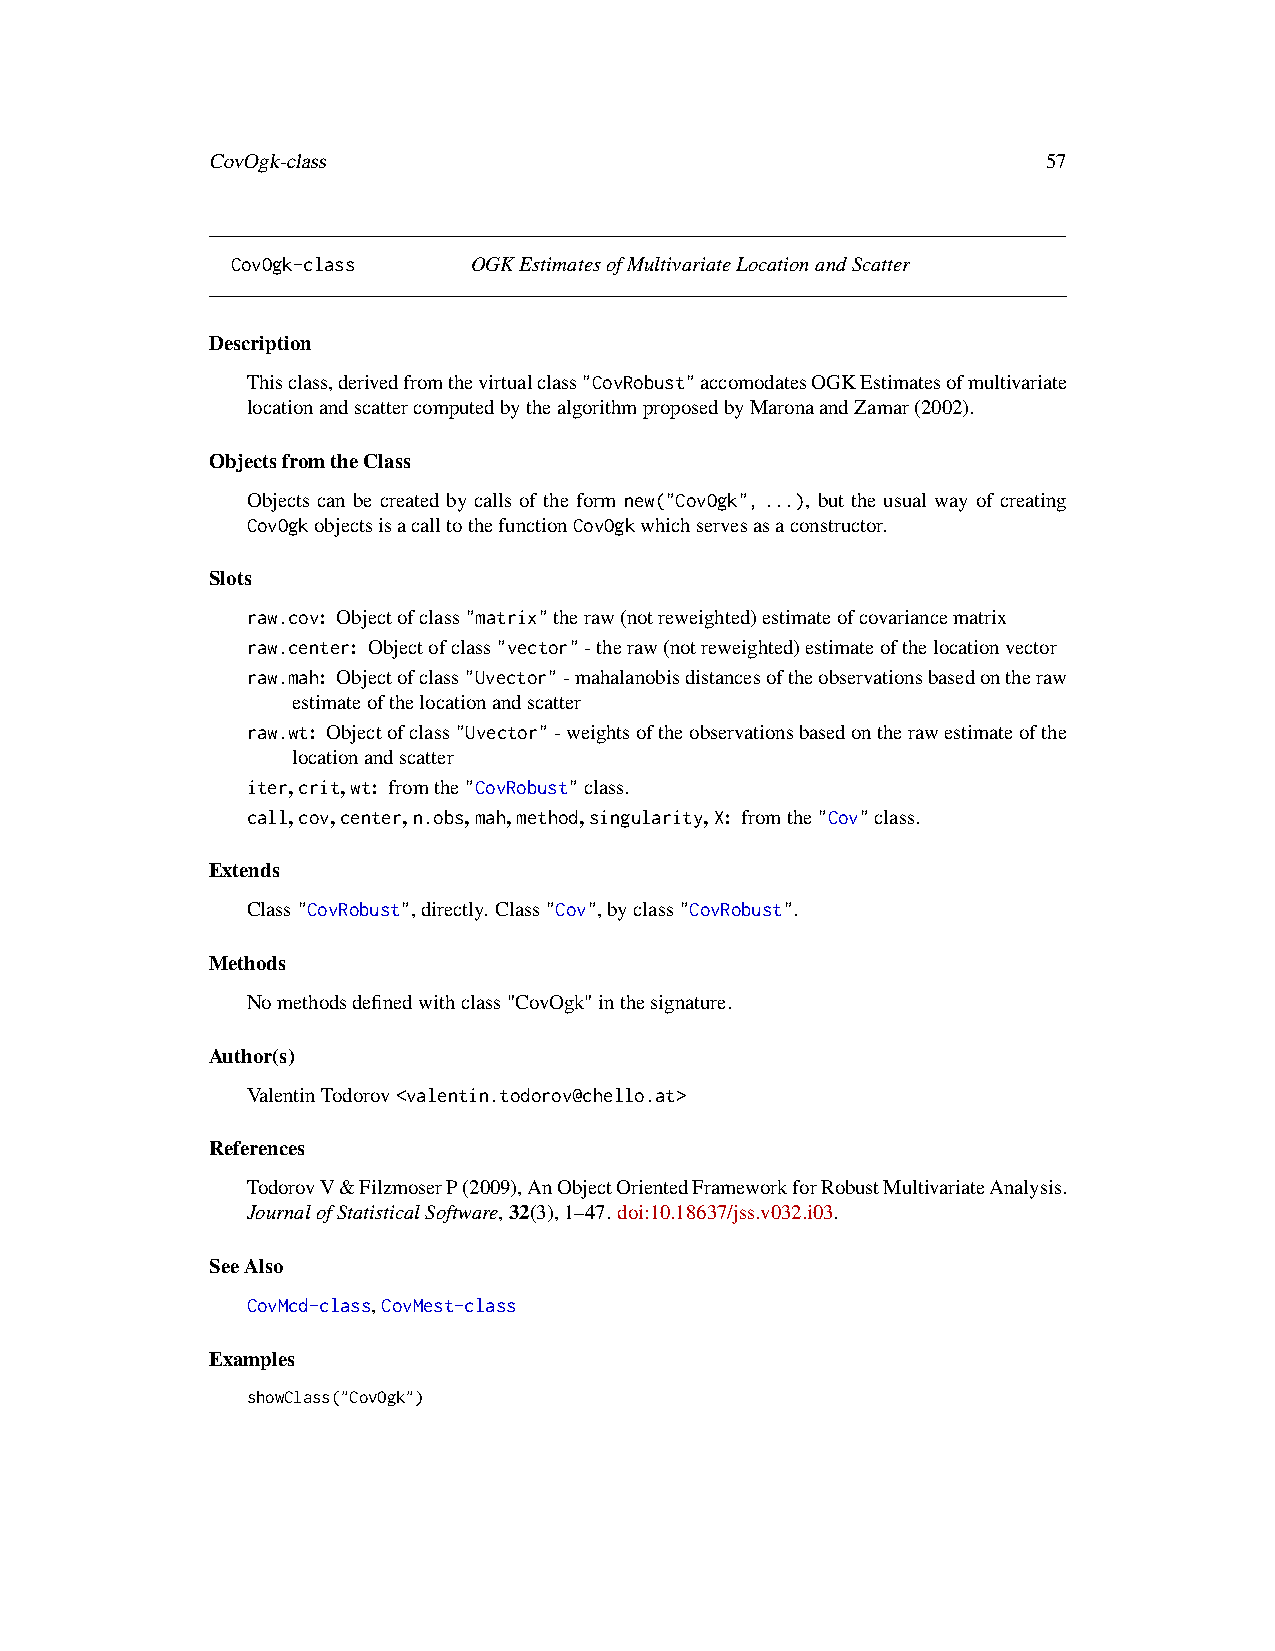
CovOgk-class                                           57
 CovOgk-class    OGKEstimatesofMultivariateLocationandScatter
 Description
 Thisclass,derivedfromthevirtualclass"CovRobust"accomodatesOGKEstimatesofmultivariate
 locationandscattercomputedbythealgorithmproposedbyMaronaandZamar(2002).
 ObjectsfromtheClass
 Objects can be created by calls of the form new("CovOgk",...), but the usual way of creating
 CovOgkobjectsisacalltothefunctionCovOgkwhichservesasaconstructor.
 Slots
 raw.cov: Objectofclass"matrix"theraw(notreweighted)estimateofcovariancematrix
 raw.center: Objectofclass"vector"-theraw(notreweighted)estimateofthelocationvector
 raw.mah: Objectofclass"Uvector"-mahalanobisdistancesoftheobservationsbasedontheraw
 estimateofthelocationandscatter
 raw.wt: Objectofclass"Uvector"-weightsoftheobservationsbasedontherawestimateofthe
 locationandscatter
 iter,crit,wt: fromthe"CovRobust"class.
 call,cov,center,n.obs,mah,method,singularity,X: fromthe"Cov"class.
 Extends
 Class"CovRobust",directly. Class"Cov",byclass"CovRobust".
 Methods
 Nomethodsdefinedwithclass"CovOgk"inthesignature.
 Author(s)
 ValentinTodorov<valentin.todorov@chello.at>
 References
 TodorovV&FilzmoserP(2009),AnObjectOrientedFrameworkforRobustMultivariateAnalysis.
 JournalofStatisticalSoftware,32(3),1–47. doi:10.18637/jss.v032.i03.
 SeeAlso
 CovMcd-class,CovMest-class
 Examples
 showClass("CovOgk")